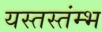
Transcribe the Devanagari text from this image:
यस्तस्तंम्भ